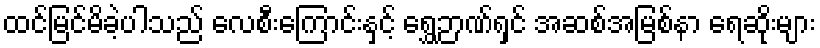
ထင်မြင်မိခဲ့ပါသည် လေစီးကြောင်းနှင့် ရွှေဉာဏ်ရှင် အဆစ်အမြစ်နာ ရေဆိုးများ